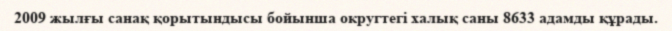
2009 жылғы санақ қорытындысы бойынша округтегі халық саны 8633 адамды құрады.